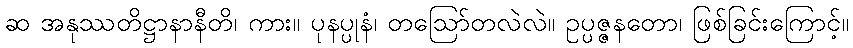
ဆ အနုဿတိဋ္ဌာနာနီတိ၊ ကား။ ပုနပ္ပုနံ၊ တဩော်တလဲလဲ။ ဥပ္ပဇ္ဇနတော၊ ဖြစ်ခြင်းကြောင့်။